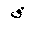
Letter: _qaf